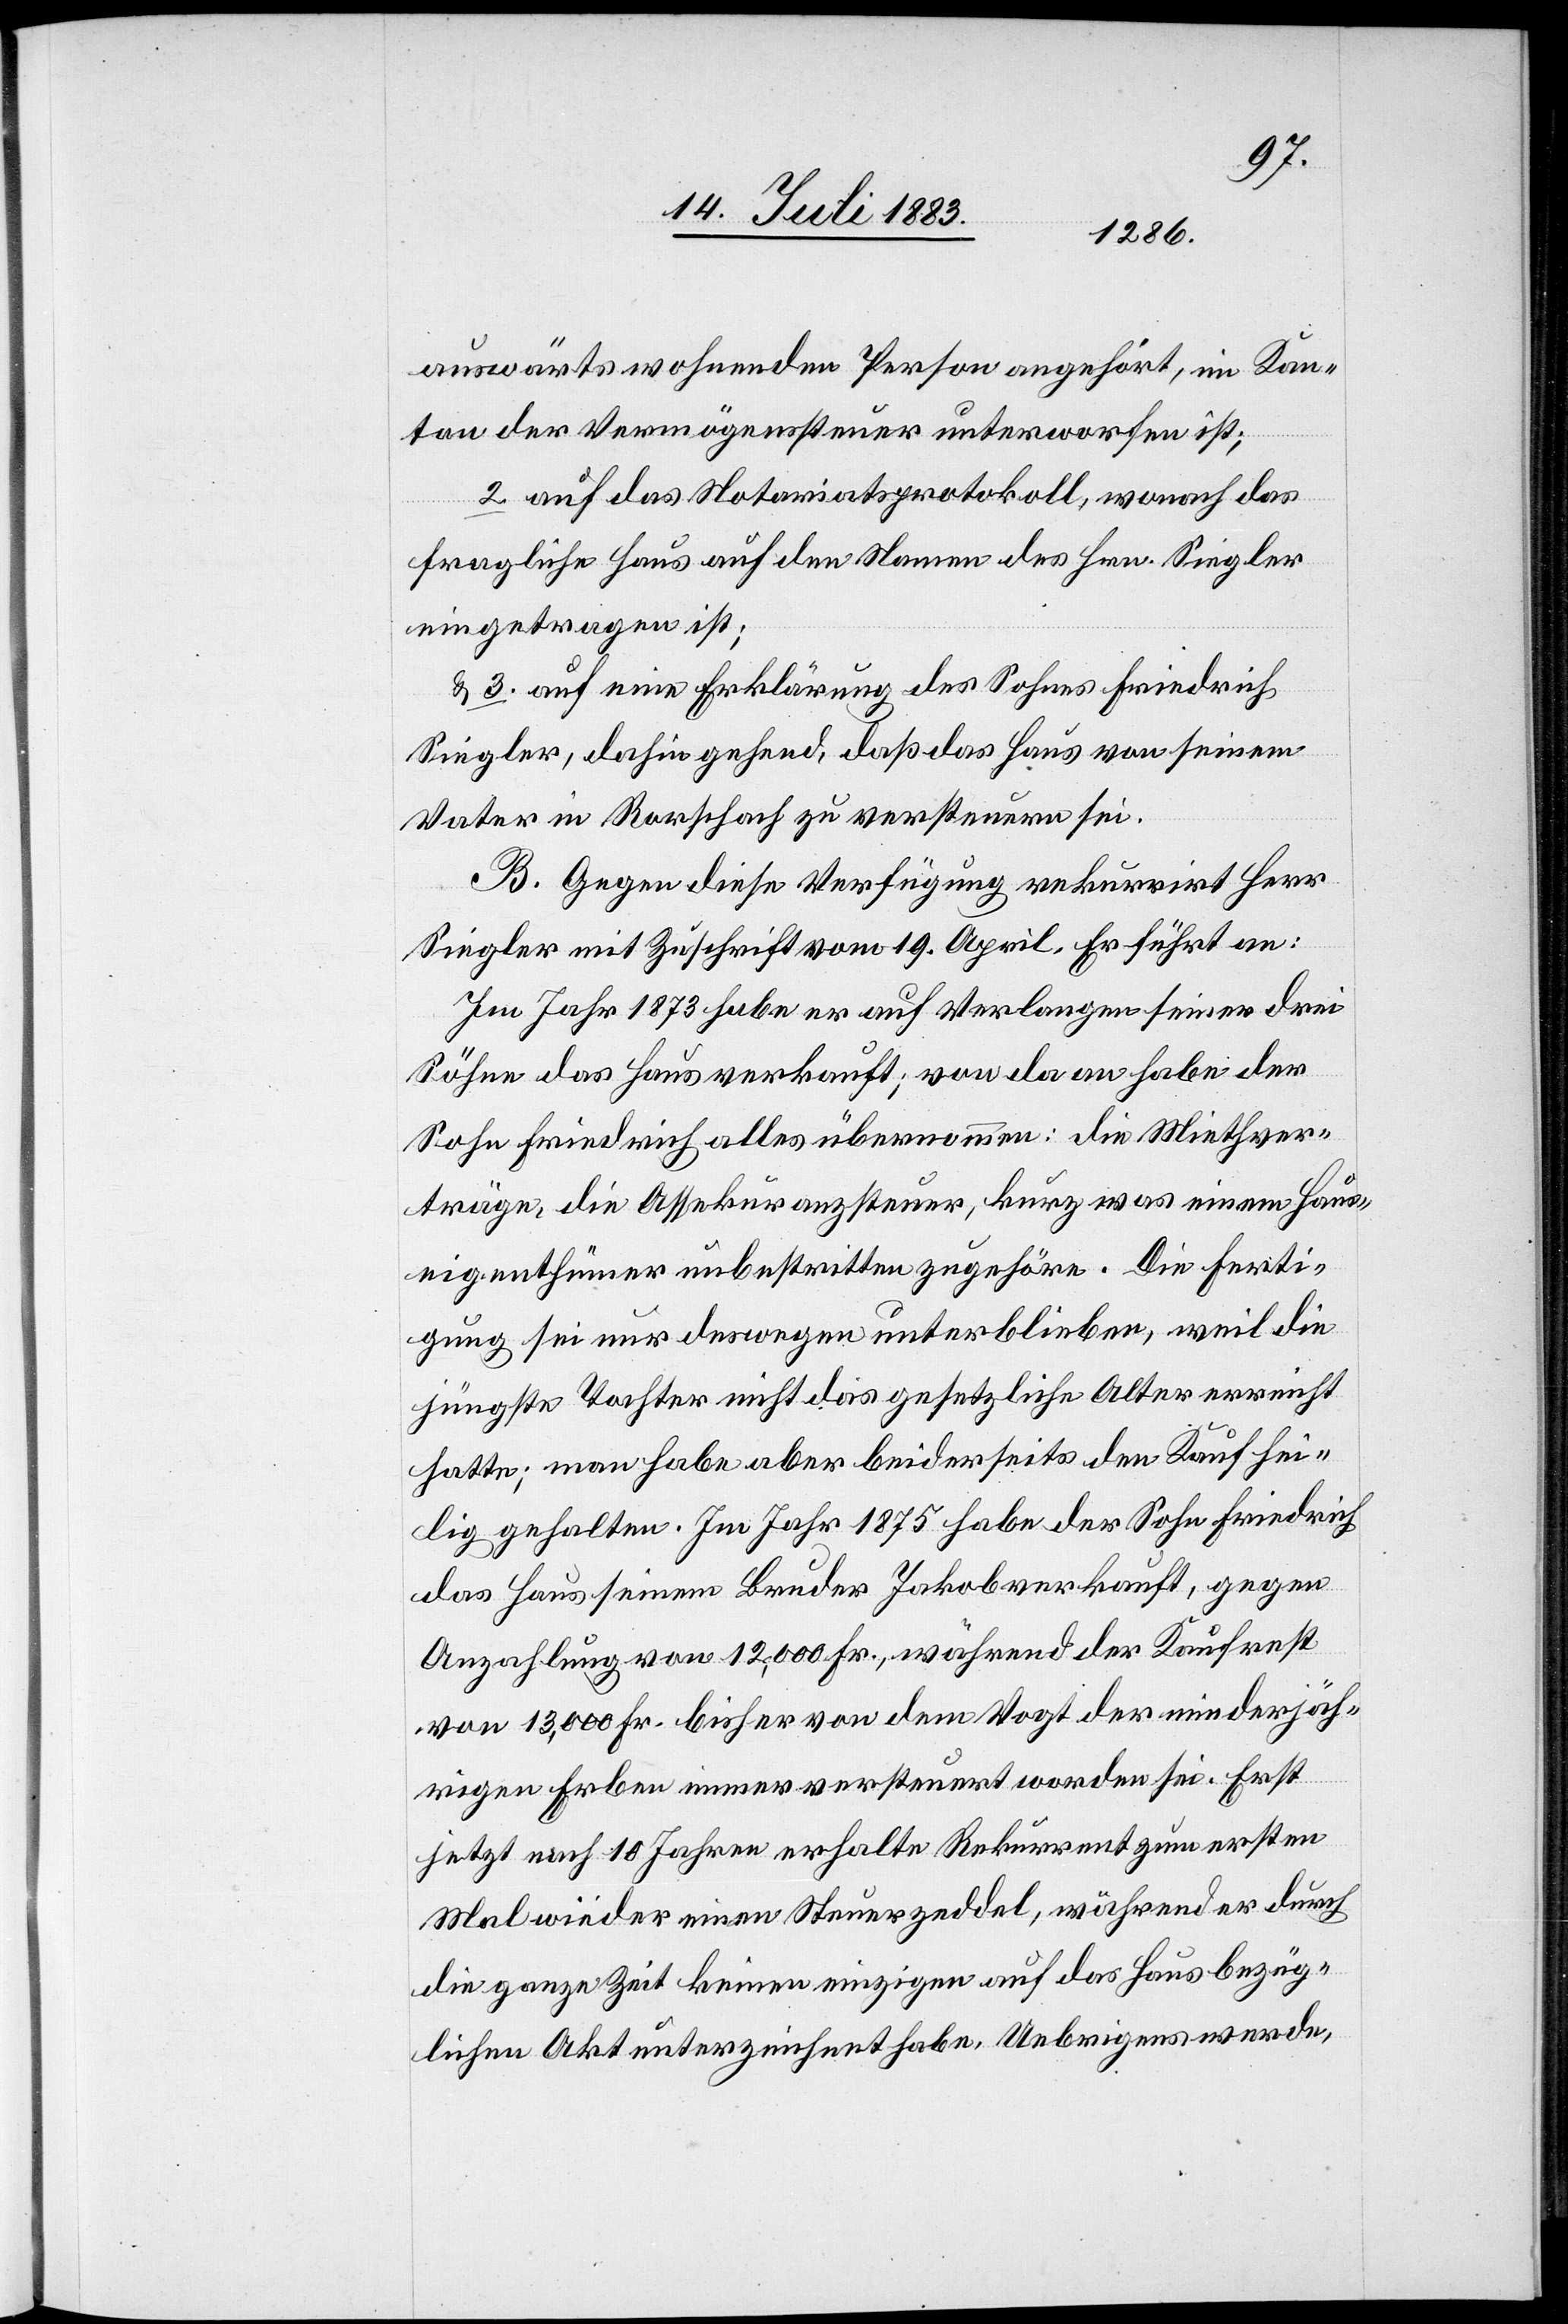
auswärts wohnenden Person angehört, im Kan¬
ton der Vermögenssteuer unterworfen ist;
2. auf das Notariatsprotokoll, wonach das
fragliche Haus auf den Namen des Hrn. Siegler
eingetragen ist;
3. auf eine Erklärung des Sohnes Friedrich
Siegler, dahin gehend, daß das Haus von seinem
Vater in Rorschach zu versteuern sei.
B. Gegen diese Verfügung rekurrirt Herr
Siegler mit Zuschrift vom 19. April. Er führt an:
Im Jahr 1873 habe er auf Verlangen seiner drei
Söhne das Haus verkauft; von da an habe der
Sohn Friedrich alles übernommen: die Miethver¬
träge, die Assekuranzsteuer, kurz was einem Haus¬
eigenthümer unbestritten zugehöre, Diese Ferti¬
gung sei nur deswegen unterblieben, weil die
jüngste Tochter nicht das gesetzliche Alter erreicht
hatte; man habe aber beiderseits den Kauf hei¬
lig gehalten. Im Jahr 1875 habe der Sohn Friedrich
das Haus seinem Bruder Jakob verkauft, gegen
Anzahlung von 12,000 Fr., während der Kauf erst
von 13,000 Fr. bisher von dem Vogt der minderjäh¬
rigen Erben immer versteuert worden sei. Erst
jetzt nach 10 Jahren erhalte Rekurrent zum ersten
Mal wieder einen Steuerzeddel, während er durch
die ganze Zeit keinen einzigen auf das Haus bezüg¬
lichen Akt unterzeichnet habe. Uebrigens werde,